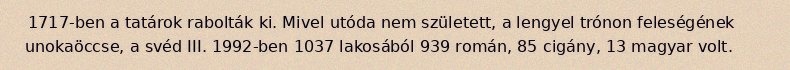
1717-ben a tatárok rabolták ki. Mivel utóda nem született, a lengyel trónon feleségének unokaöccse, a svéd III. 1992-ben 1037 lakosából 939 román, 85 cigány, 13 magyar volt.